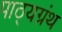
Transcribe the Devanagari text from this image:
पाठ्यग्रंथ